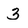
Character: 3